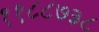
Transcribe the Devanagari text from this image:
११८८७३८